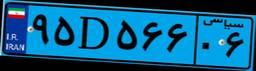
۵۶D۰۳۷۷۸